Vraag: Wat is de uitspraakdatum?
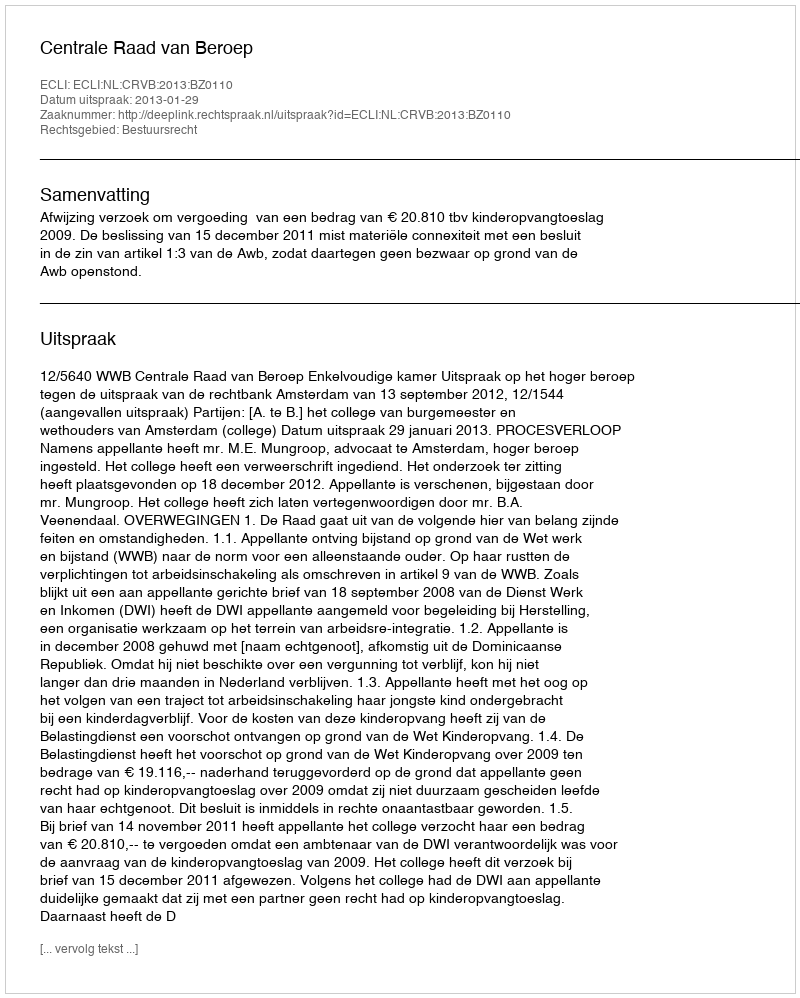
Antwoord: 2013-01-29